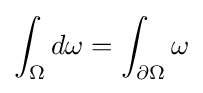
\int _{\Omega }d\omega =\int _{\partial \Omega }\omega